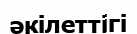
әкілеттігі